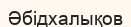
Әбідхалықов